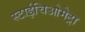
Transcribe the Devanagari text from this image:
स्टाईचिओमेट्रा